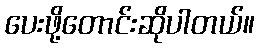
ပေးဖို့တောင်းဆိုပါတယ်။